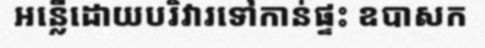
អន្លើដោយបរិវារទៅកាន់ផ្ទះ ឧបាសក